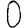
Digit: 0